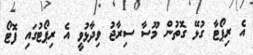
އެ ރިޕޯޓާ ގުޅޭ ގޮތުން މޫސާ ސިރާޖު ވިދާޅުވީ އެ ރިޕޯޓުގައި ފޮޓޯ